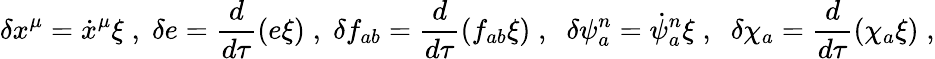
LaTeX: \delta x^{\mu}={\dot{x}}^{\mu}\xi\; ,\; \delta e=\frac{d}{d\tau}\left(e\xi\right)\; ,\; \delta f_{ab}=\frac{d}{d\tau}\left(f_{ab}\xi\right)\; ,\; \; \delta\psi_{a}^{n}=\dot{\psi}_{a}^{n}\xi\; ,\; \; \delta{\chi}_{a}=\frac{d}{d\tau}\left(\chi_{a}\xi\right)\; ,